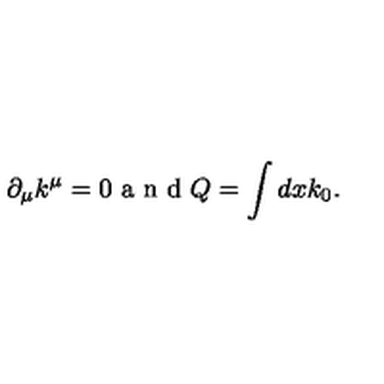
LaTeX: \partial _ { \mu } k ^ { \mu } = 0 \textrm { a n d } Q = \int d x k _ { 0 } .